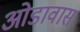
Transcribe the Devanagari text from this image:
ओडावास